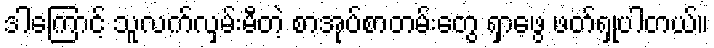
ဒါကြောင့် သူလက်လှမ်းမီတဲ့ စာအုပ်စာတမ်းတွေ ရှာဖွေ ဖတ်ရှုပါတယ်။